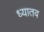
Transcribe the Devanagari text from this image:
ध्यातव